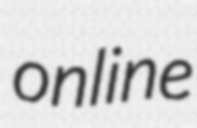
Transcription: online